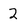
Character: 2